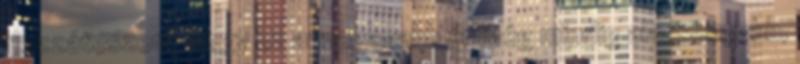
Hozzáteszem, hogy ez a magasabb ár még mindig alacsonyabb,